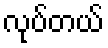
လုပ်တယ်